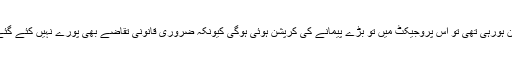
ہم نے سوال اٹھایا کہ اگر مسلم لیگ(ن) کے بڑے پروجیکٹس میں بقول عمران خان کے کرپشن ہورہی تھی تو اس پروجیکٹ میں تو بڑے پیمانے کی کرپشن ہوئی ہوگی کیونکہ ضروری قانونی تقاضے بھی پورے نہیں کئے گئے تو جواب دیا گیا کہ اوپر عمران خان بیٹھا ہے جو اس پروجیکٹ کی خود نگرانی کررہا ہے۔